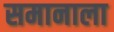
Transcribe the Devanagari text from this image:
समानाला